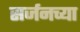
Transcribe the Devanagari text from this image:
सर्जनच्या